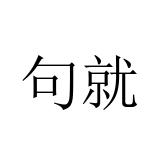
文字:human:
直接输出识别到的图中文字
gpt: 句就